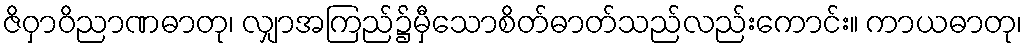
ဇိဝှာဝိညာဏဓာတု၊ လျှာအကြည်၌မှီသောစိတ်ဓာတ်သည်လည်းကောင်း။ ကာယဓာတု၊